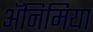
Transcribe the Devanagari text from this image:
अॅनिमिया